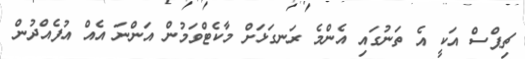
ޗިޕްސް އަކީ އެ ތަނުގައި އެންމެ ރަނގަޅަށް މާކެޓްވަމުން އަންނަ އެއް އުފެއްދުން